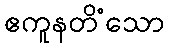
ဧကူနတိံသော